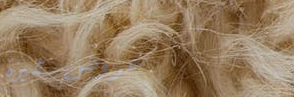
عروض مميزة